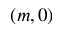
( m , 0 )